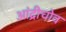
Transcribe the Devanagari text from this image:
आंद्रीचोव